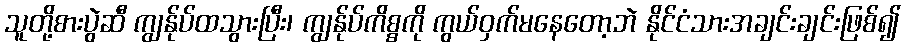
သူတို့စားပွဲဆီ ကျွန်ုပ်ထသွားပြီး၊ ကျွန်ုပ်ကိစ္စကို ကွယ်ဝှက်မနေတော့ဘဲ နိုင်ငံသားအချင်းချင်းဖြစ်၍